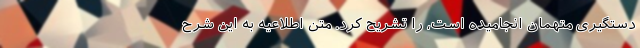
دستگیری متهمان انجامیده است، را تشریح کرد. متن اطلاعیه به این شرح